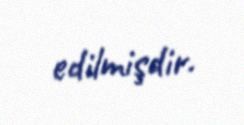
edilmişdir.